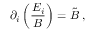
\partial _ { i } \left( \frac { E _ { i } } { B } \right) = \tilde { B } \; ,